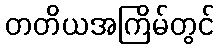
တတိယအကြိမ်တွင်